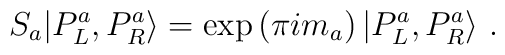
S_a|P^a_L,P^a_R\rangle = \exp\left(\pi i m_a \right)|P^a_L,P^a_R\rangle~.